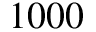
1 0 0 0